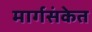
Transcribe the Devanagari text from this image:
मार्गसंकेत